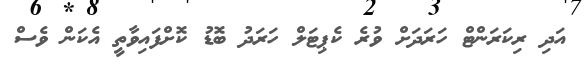
އަދި ރިކަރަންޓް ހަރަދަށް ވުރެ ކެޕިޓަލް ހަރަދު ބޮޑު ކޮށްފައިވާތީ އެކަން ވެސް